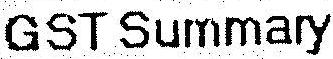
GST SUMMARY